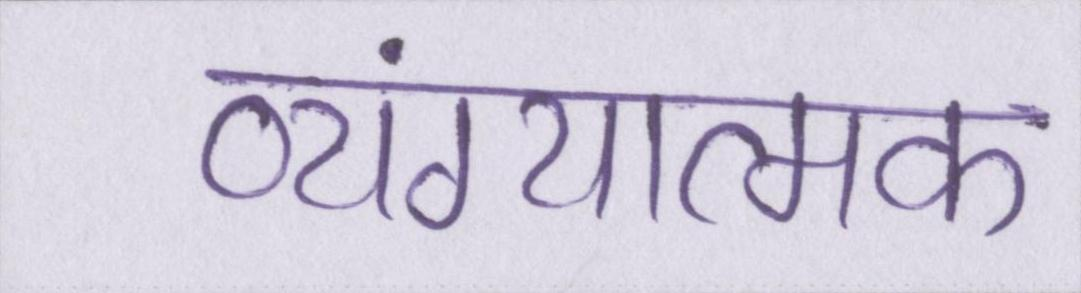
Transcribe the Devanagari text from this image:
व्यंग्यात्मक